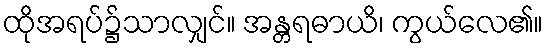
ထိုအရပ်၌သာလျှင်။ အန္တရဓာယိ၊ ကွယ်လေ၏။